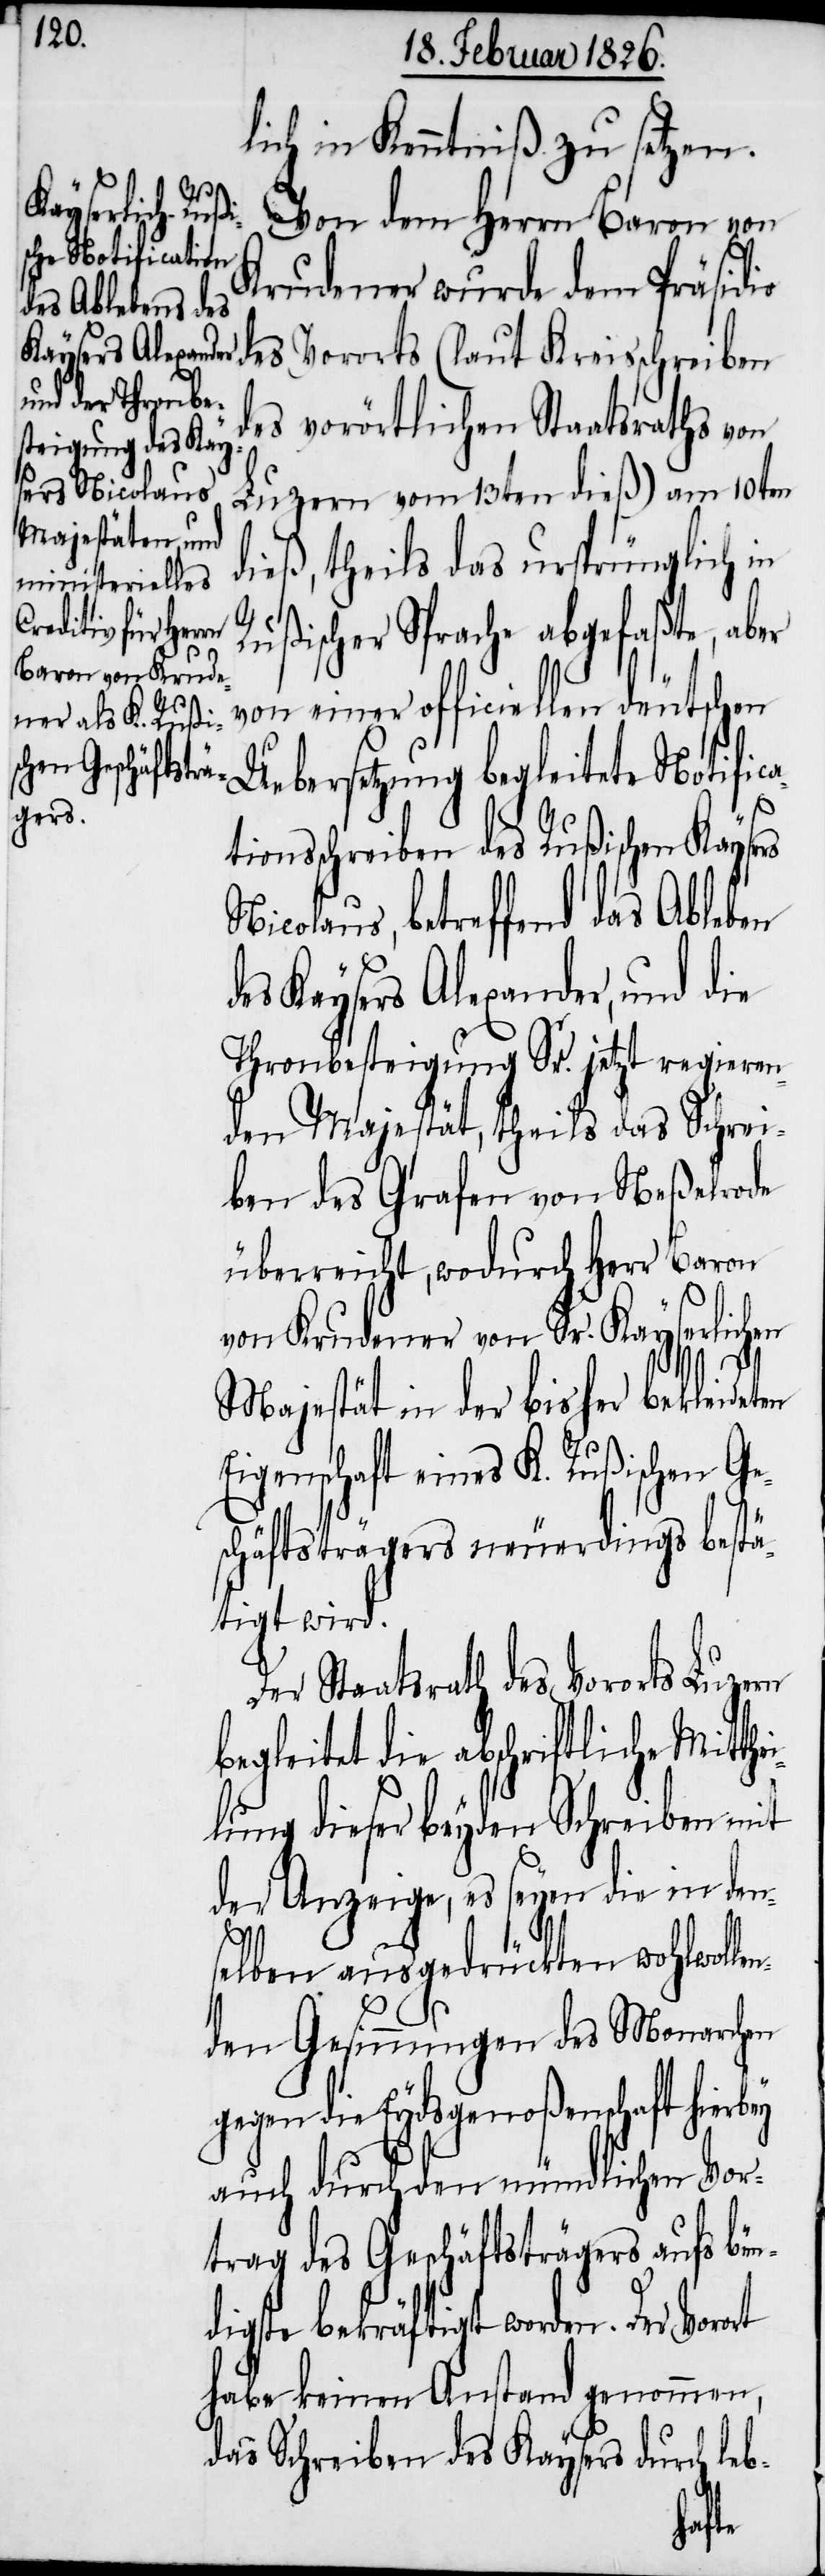
lich in Kenntniß zu setzen.
Von dem Herrn Baron von
Krudener wurde dem Präsidio
des Vororts (laut Kreisschreiben
des vorörtlichen Staatsraths von
Luzern vom 13ten dieß) am 10ten
dieß, theils das ursprünglich in
Rußischer Sprache abgefaßte, aber
len deutschen Uebersetzung begleitete Notifica¬
tionsschreiben des Rußischen Kaysers
Nicolaus, betreffend das Ableben
des Kaysers Alexander, und die
Thronbesteigung Sr. jetzt regieren¬
den Majestät, theils das Schrei¬
ben des Grafen von Neßelrode
überreicht, wodurch Herr Baron
von Krudener von Sr. Kayserlichen
Majestät in der bisher bekleideten
Eigenschaft eines K. Rußischen Ge¬
schäftsträgers neuerdings bestä¬
tigt wird.
Der Staatsrath des Vororts Luzern
leitet die abschriftliche Mitth¬
lung dieser beyden Schreiben mit
der Anzeige, es seyen die in den¬
selben ausgedrückten wohlwol¬
den Gesinnungen des Monarchen
gegen die Eydsgenoßenschaft hierbey
auch durch den mündlichen Vor¬
trag des Geschäftsträgers aufs bün¬
digste bekräftigt worden. Der Vorort
habe keinen Anstand genommen,
das Schreiben des Kaysers durch leb-
len¬